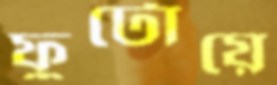
ফুটোয়ে